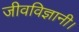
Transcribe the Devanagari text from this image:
जीवविज्ञानी।